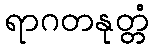
ရာဂတနုတ္တံ